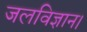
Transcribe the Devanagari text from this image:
जलविज्ञान।